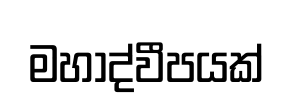
මහාද්වීපයක්